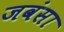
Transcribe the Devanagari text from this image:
जवंसा